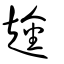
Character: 趛